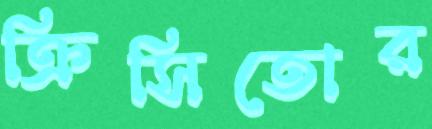
ক্রিসিতোর